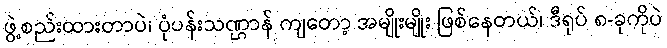
ဖွဲ့စည်းထားတာပဲ၊ ပုံပန်းသဏ္ဌာန် ကျတော့ အမျိုးမျိုး ဖြစ်နေတယ်၊ ဒီရုပ် ၈-ခုကိုပဲ